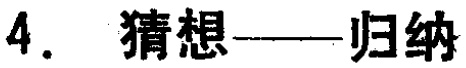
4. 猜想——归纳